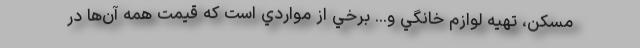
مسكن، تهيه لوازم خانگي و... برخي از مواردي است كه قيمت همه آن‌ها در